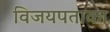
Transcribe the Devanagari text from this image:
विजयपताका